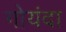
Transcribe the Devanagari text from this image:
गोयंदा